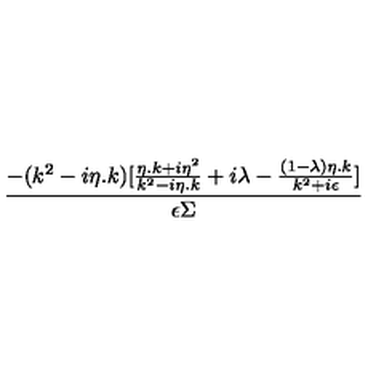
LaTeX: \frac { - ( k ^ { 2 } - i \eta . k ) [ \frac { \eta . k + i \eta ^ { 2 } } { k ^ { 2 } - i \eta . k } + i \lambda - \frac { ( 1 - \lambda ) \eta . k } { k ^ { 2 } + i \epsilon } ] } { \epsilon \Sigma }